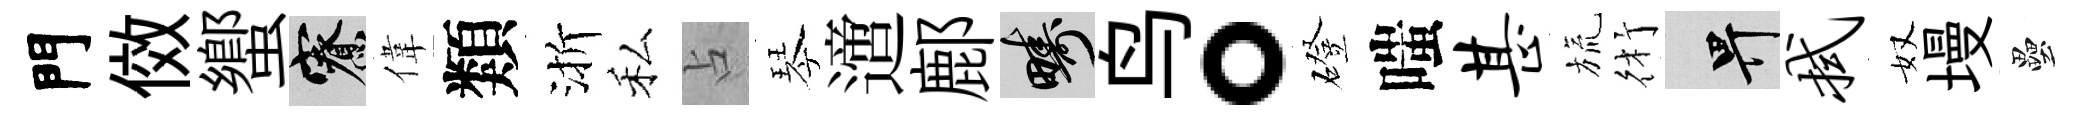
門傚蠁寮偉類渐私占琴𨗁鄜疇鸟。磴嗤甚旒術畀拭奴墁壘